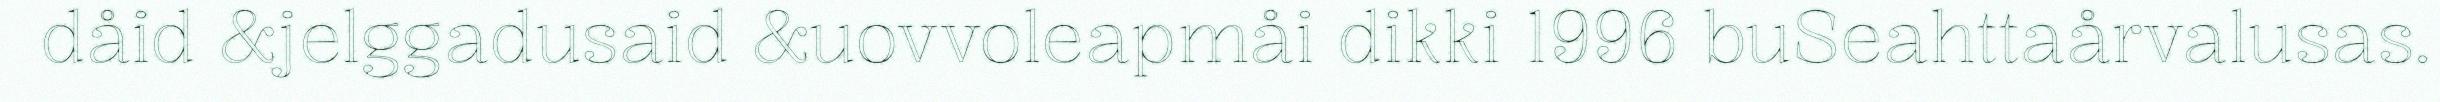
dåid &jelggadusaid &uovvoleapmåi dikki 1996 buSeahttaårvalusas.